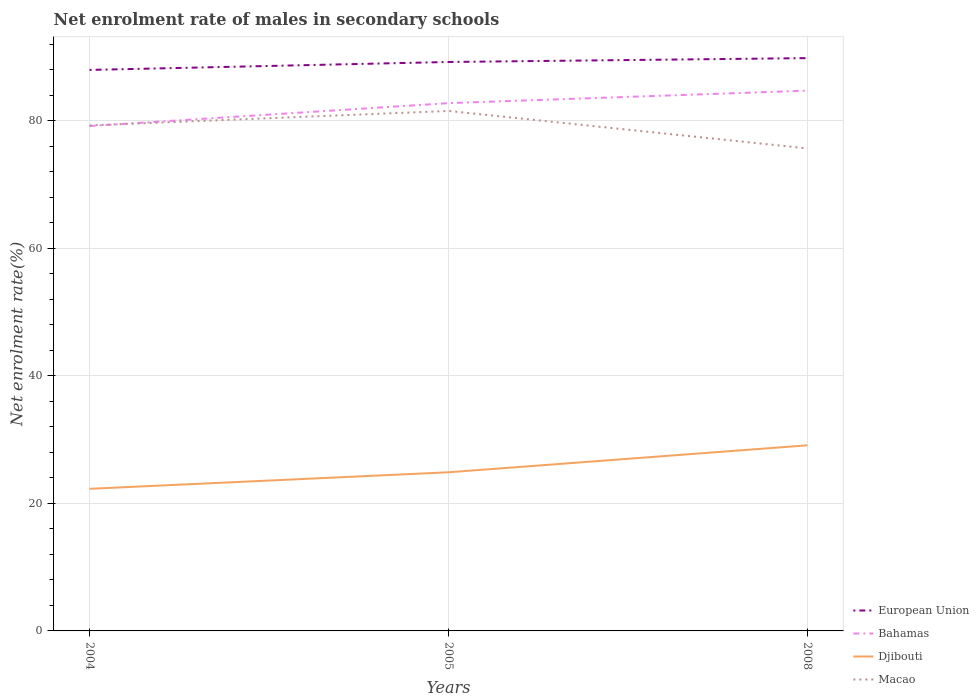
| Years | European Union | Bahamas | Djibouti | Macao |
 | --- | --- | --- | --- | --- |
 | 2004 | 88 | 79.2 | 22.3 | 79.3 |
 | 2005 | 89.2 | 82.8 | 24.9 | 81.6 |
 | 2008 | 89.8 | 84.7 | 29.1 | 75.7 |